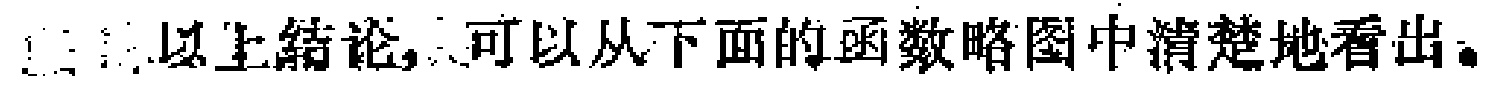
以上结论，可以从下面的函数略图中清楚地看出。